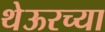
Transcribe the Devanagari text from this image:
थेऊरच्या